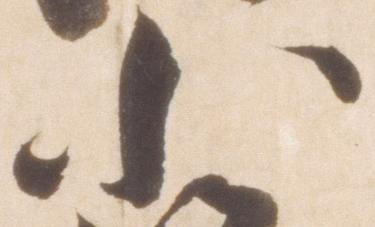
小